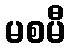
မစမီ